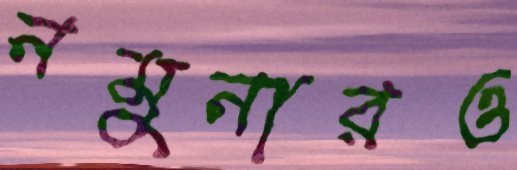
নমুনারও